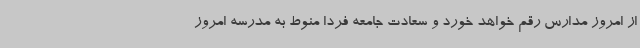
از امروز مدارس رقم خواهد خورد و سعادت جامعه فردا منوط به مدرسه امروز